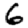
Digit: 6